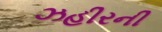
ઝહીરની